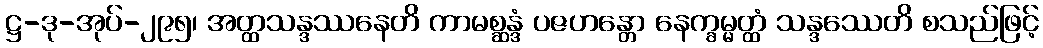
ဋ္ဌ-ဒု-အုပ်-၂၉၅၊ အတ္ထသန္ဒဿနေတိ ကာမစ္ဆန္ဒံ ပဇဟန္တော နေက္ခမ္မတ္ထံ သန္ဒဿေတိ စသည်ဖြင့်